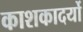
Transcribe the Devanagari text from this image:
काशकादर्यो